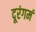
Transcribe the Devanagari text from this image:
दूरंगमं